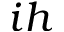
i h